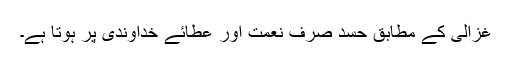
غزالی کے مطابق حسد صرف نعمت اور عطائے خداوندی پر ہوتا ہے۔